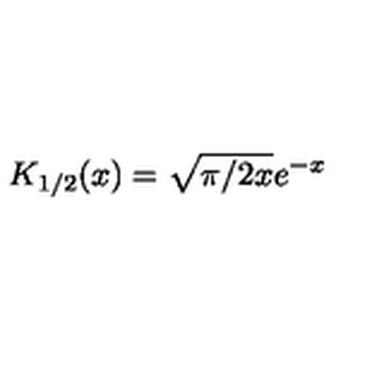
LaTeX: K _ { 1 / 2 } ( x ) = \sqrt { \pi / 2 x } e ^ { - x }